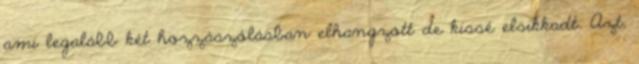
ami legalább két hozzászólásban elhangzott de kissé elsikkadt. Azt,